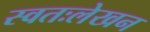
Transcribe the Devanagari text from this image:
स्वतःलेखन